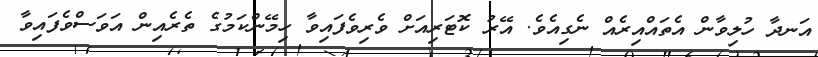
އަނދާ ހުލިވާން އެތައްއިރެއް ނެގިއެވެ. އޭރު ކޮޓަރިއަށް ވެރިވެފައިވާ ހިމޭންކަމުގެ ތެރެއިން އަވަސްވެފައިވާ